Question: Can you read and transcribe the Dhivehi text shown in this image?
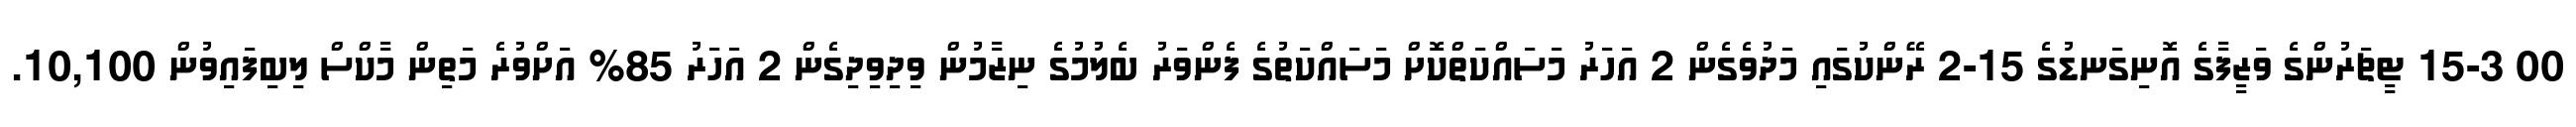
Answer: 00 15-3 ޓީޗަރުންގެ ވަޒީފާގެ އޮނިގަނޑުގެ 15-2 ރޭންކުގައި މަދުވެގެން 2 އަހަރު މަސައްކަތްކޮށް މަސައްކަތުގެ ފެންވަރު ބެލުމުގެ ނިޒާމުން ވިދިވިދިގެން 2 އަހަރު 85% އަށްވުރެ މަތިން މާކްސް ލިބިފައިވުން 10,100.